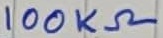
Text: 100KΩ